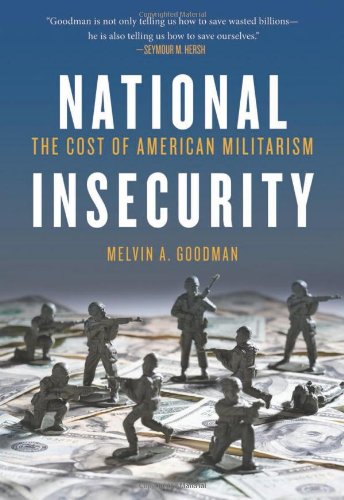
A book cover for National Insecurity: The Cost of American Militarism (Open Media); Melvin  A. Goodman; History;